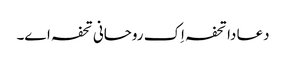
دعا دا تحفہ اِک روحانی تحفہ اے۔